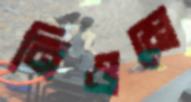
নিওমে